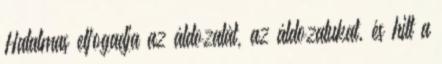
Hatalmas elfogadja az áldozatát, az áldozatukat, és hitt a